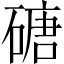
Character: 磄